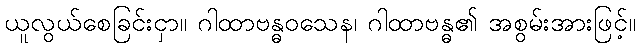
ယူလွယ်စေခြင်းငှာ။ ဂါထာဗန္ဓဝသေန၊ ဂါထာဗန္ဓ၏ အစွမ်းအားဖြင့်။